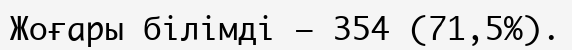
Жоғары білімді — 354 (71,5%).